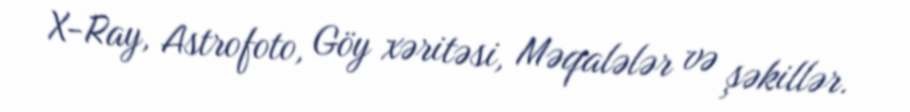
X-Ray, Astrofoto, Göy xəritəsi, Məqalələr və şəkillər.